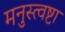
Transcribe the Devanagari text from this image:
मनुस्त्वष्टा